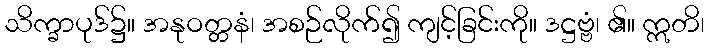
သိက္ခာပုဒ်၌။ အနုဝတ္တနံ၊ အစဉ်လိုက်၍ ကျင့်ခြင်းကို။ ဒဋ္ဌဗ္ဗံ၊ ၏။ ဣတိ၊